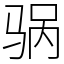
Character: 䯄